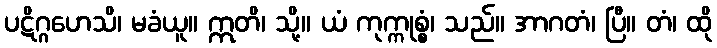
ပဋိဂ္ဂဟေသိ၊ မခံယူ။ ဣတိ၊ သို့။ ယံ ကုက္ကုစ္စံ၊ သည်။ အာဂတံ၊ ပြီ။ တံ၊ ထို